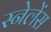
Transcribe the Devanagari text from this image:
स्नेलेंस